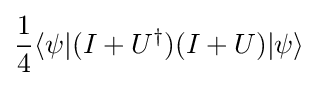
{\frac {1}{4}}\langle \psi |(I+U^{\dagger })(I+U)|\psi \rangle